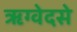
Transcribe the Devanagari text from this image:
ऋग्वेदसे